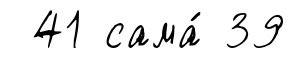
41 сама́ 39